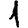
Digit: 1